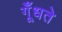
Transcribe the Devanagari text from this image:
गूँधते